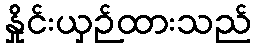
နှိုင်းယှဉ်ထားသည်